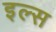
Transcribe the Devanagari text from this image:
इल्स